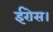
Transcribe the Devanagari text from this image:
ईरोस।